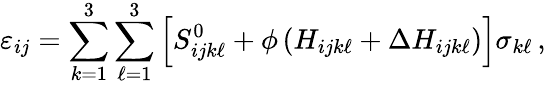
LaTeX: \varepsilon_{ij}=\sum_{k=1}^{3}\sum_{\ell=1}^{3}\left[S_{ijk\ell}^{0}+\phi\left(H_{ijk\ell}+\Delta H_{ijk\ell}\right)\right]\sigma_{k\ell}\, ,